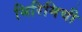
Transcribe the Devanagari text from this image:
मिरिमिची